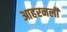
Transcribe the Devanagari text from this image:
आहरनली